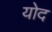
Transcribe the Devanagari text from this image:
योद